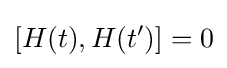
[H(t),H(t')]=0